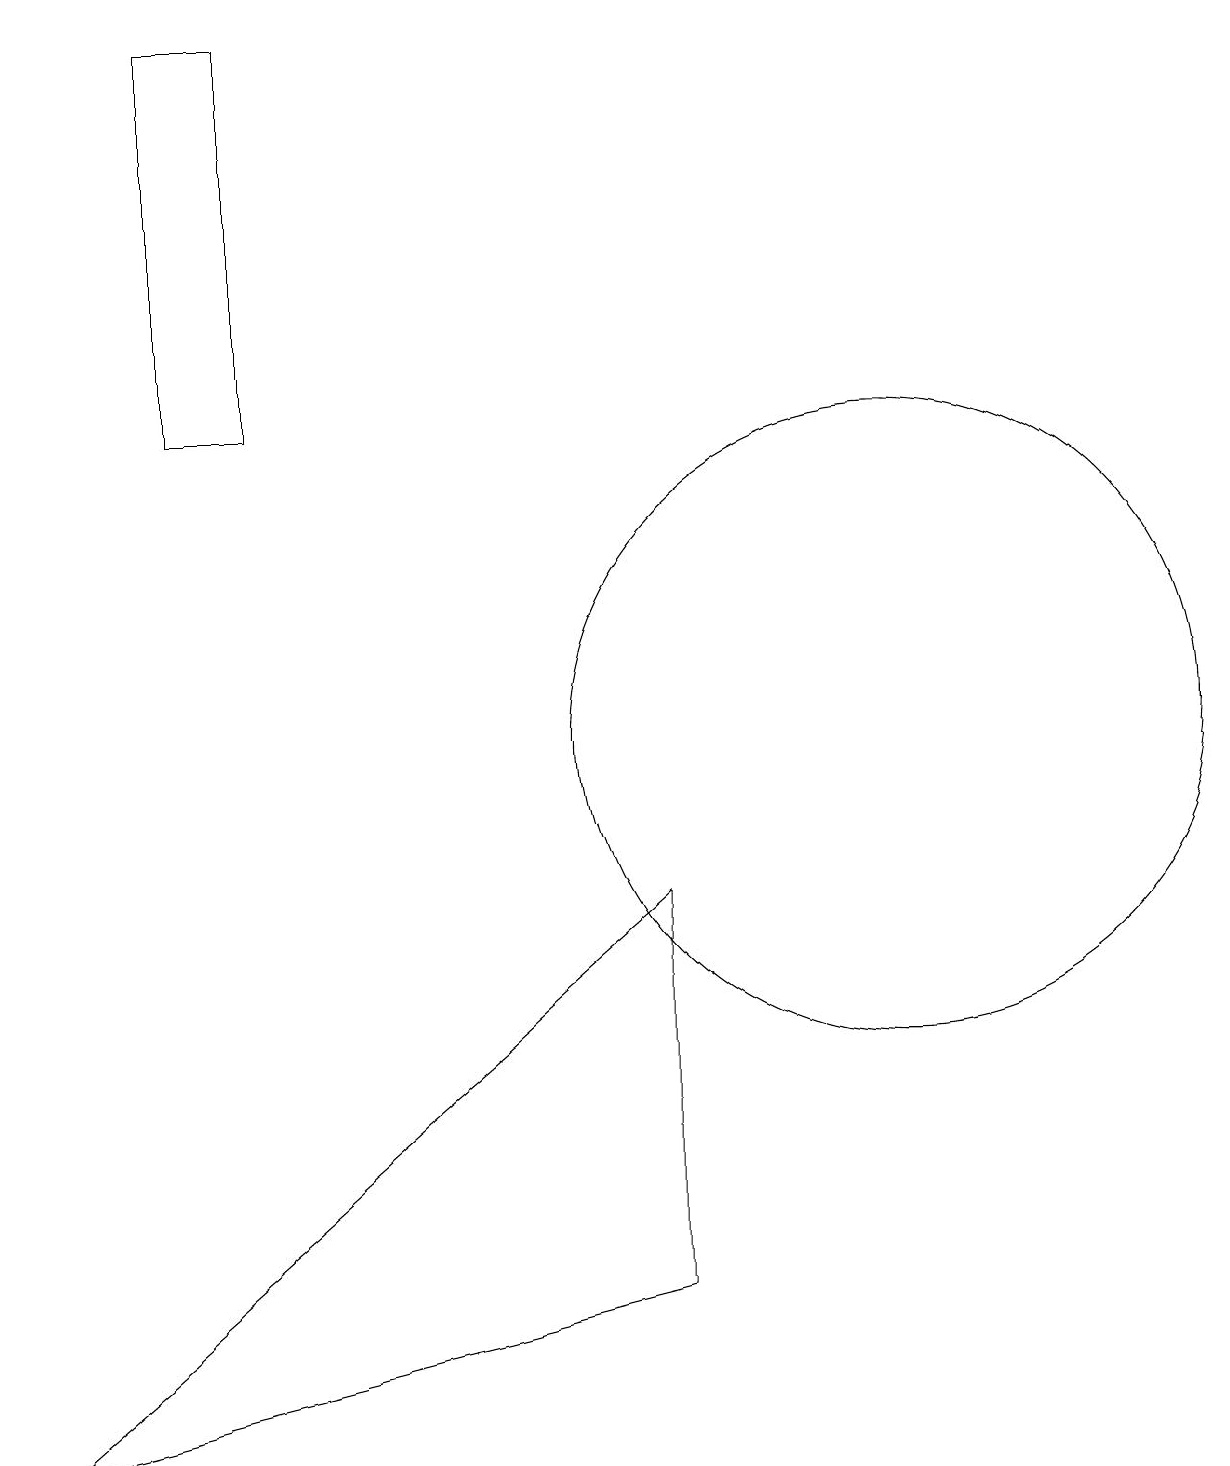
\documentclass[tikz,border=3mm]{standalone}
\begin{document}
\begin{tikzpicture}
\draw (11,10) circle (4);
\draw (8,3) -- (0,1) -- (8,8) -- cycle;
\draw (3,14) rectangle (2,19);
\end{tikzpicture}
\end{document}